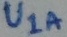
Text: U1A